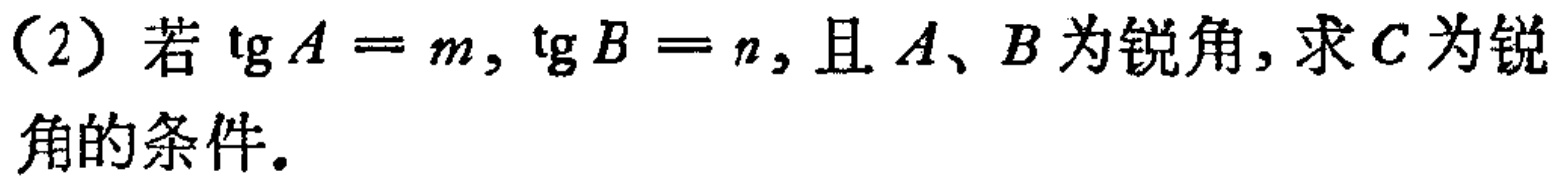
（2）若\(\tg A = m,\tg B = n\)，且\(A、B\)为锐角，求\(C\)为锐角的条件。